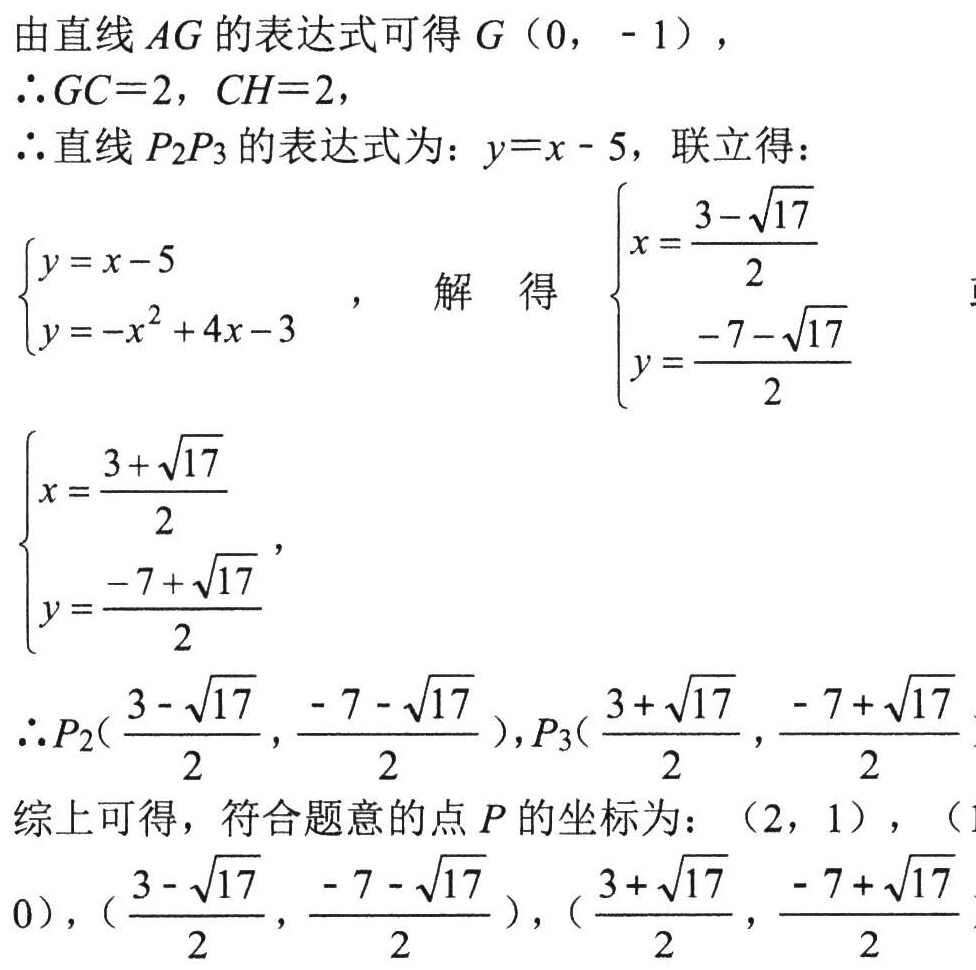
由直线 \(AG\) 的表达式可得 \(G(0,-1)\)，
\(\therefore GC = 2\)，\(CH = 2\)，
\(\therefore\)直线 \(P_{2}P_{3}\) 的表达式为：\(y = x - 5\)，联立得：
\(\begin{cases}y = x - 5\\y=-x^{2}+4x - 3\end{cases}\)，解得\(\begin{cases}x=\dfrac{3-\sqrt{17}}{2}\\y=\dfrac{-7-\sqrt{17}}{2}\end{cases}\)
\(\begin{cases}x=\dfrac{3 + \sqrt{17}}{2}\\y=\dfrac{-7+\sqrt{17}}{2}\end{cases}\)，
\(\therefore P_{2}(\dfrac{3-\sqrt{17}}{2},\dfrac{-7-\sqrt{17}}{2})\)，\(P_{3}(\dfrac{3+\sqrt{17}}{2},\dfrac{-7+\sqrt{17}}{2})\)
综上可得，符合题意的点 \(P\) 的坐标为：\((2,1)\)，\((\) \(0)\)，\((\dfrac{3-\sqrt{17}}{2},\dfrac{-7-\sqrt{17}}{2})\)，\((\dfrac{3+\sqrt{17}}{2},\dfrac{-7+\sqrt{17}}{2})\)